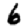
Digit: 6